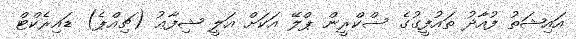
އައިޝަތު ފުއާދު ތައުފީގުގެ ސްކްރީން ޕްލޭ އަކަށް އަލީ ޝިފާޢު (ޗިއްޕެ) ޑައިރެކްޓް